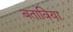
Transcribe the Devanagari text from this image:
बताविया